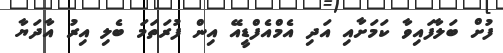
ފުށް ބަލާފައިވާ ކަމަށާއި އަދި އެމްއެފްޑީއޭ އިން ފުރަތަމަ ބެލި އިރު އާދަޔާ